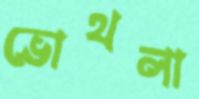
ভোথলা